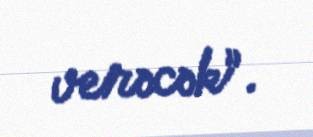
verəcək”.